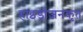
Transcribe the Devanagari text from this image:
हाइड्रोजनकृत